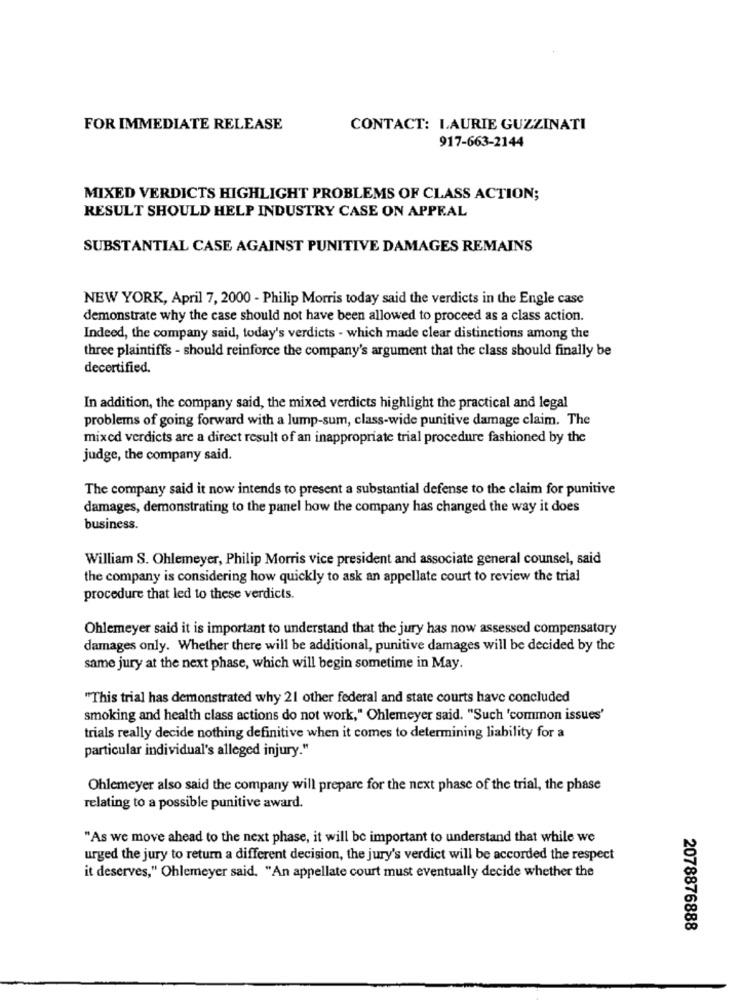
FOR IMMEDIATE RELEASE
CONTACT: LAURIE GUZZINATI
917-663-2144
MIXED VERDICTS HIGHLIGHT PROBLEMS OF CLASS ACTION;
RESULT SHOULD HELP INDUSTRY CASE ON APPEAL
SUBSTANTIAL CASE AGAINST PUNITIVE DAMAGES REMAINS
NEW YORK, April 7, 2000 - Philip Morris today said the verdicts in the Engle case
demonstrate why the case should not have been allowed to proceed as a class action.
Indeed, the company said, today's verdicts - which made clear distinctions among the
three plaintiffs - should reinforce the company's argument that the class should finally be
decertified.
In addition, the company said, the mixed verdicts highlight the practical and legal
problems of going forward with a lump-sum, class-wide punitive damage claim. The
mixed verdicts are a direct result of an inappropriate trial procedure fashioned by the
judge, the company said.
The company said it now intends to present a substantial defense to the claim for punitive
damages, demonstrating to the panel how the company has changed the way it does
business.
William S. Ohlemeyer, Philip Morris vice president and associate general counsel, said
the company is considering how quickly to ask an appellate court to review the trial
procedure that led to these verdicts.
Ohlemeyer said it is important to understand that the jury has now assessed compensatory
damages only. Whether there will be additional, punitive damages will be decided by the
same jury at the next phase, which will begin sometime in May.
"This trial has demonstrated why 21 other federal and state courts have concluded
smoking and health class actions do not work," Ohlemeyer said. "Such 'common issues'
trials really decide nothing definitive when it comes to determining liability for a
particular individual's alleged injury."
Ohlemeyer also said the company will prepare for the next phase of the trial, the phase
relating to a possible punitive award.
"As we move ahead to the next phase, it will be important to understand that while we
urged the jury to return a different decision, the jury's verdict will be accorded the respect
it deserves," Ohlemeyer said. "An appellate court must eventually decide whether the
2078876888